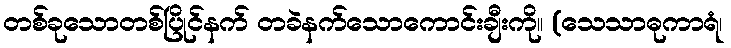
တစ်ခုသောတစ်ပြိုင်နက် တခဲနက်သောကောင်းချီးကို။ (သေသာဓုကာရံ၊